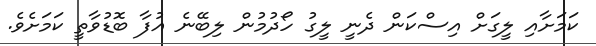
ކަމަށާއި ލީގަށް އިސްކަން ދެނީ ލީގު ހޯދުމުން ލިބޭނެ އުފާ ބޮޑުވާތީ ކަމަށެވެ.